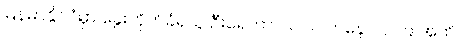
မြန်မာနိုင်ငံမှာ ခွေးကိုက်ခံရသူ ဦးရေဟာ ၂၀၁၇ ကနေ ၂၀၁၉ အထိ